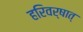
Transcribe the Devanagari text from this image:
हरिवर्षात्